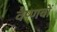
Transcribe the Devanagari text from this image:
वैष्‍णवों